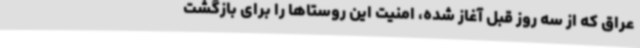
عراق که از سه روز قبل آغاز شده، امنیت این روستاها را برای بازگشت